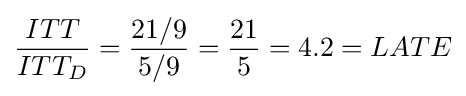
{\frac {ITT}{ITT_{D}}}={\frac {21/9}{5/9}}={\frac {21}{5}}=4.2=LATE